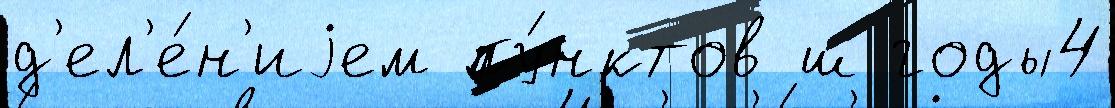
д'ел'е́н'иjем пу́нктов ш годы4